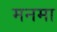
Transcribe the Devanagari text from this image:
मनमा